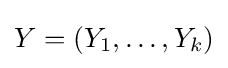
Y=(Y_{1},\dots ,Y_{k})